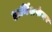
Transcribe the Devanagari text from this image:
हार्निशफेगर